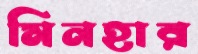
মিনহার